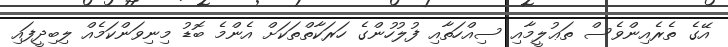
އޭގެ ތެރެއިންވެސް ތަޢުލީމާއި ސިއްހަތާއި ފުލުހުންގެ ހަރަކާތްތަކަށް އެންމެ ބޮޑު މިނިވަންކަމެއް ލިބިދީފައި